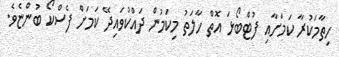
ހިތާމަކުރާ ކަމަށާއި ފުޓްބޯޅަ އޮތް ހާލަތު މިކަމުން ދައްކުވައިދޭ ކަމަށް ފެސްކޯ ބުންޏެވެ.